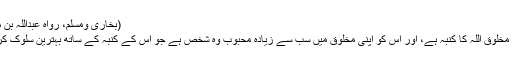
(بخاری ومسلم، رواہ عبداللہ بن مسعود)
۳- تمام مخلوق اللہ کا کنبہ ہے، اور اس کو اپنی مخلوق میں سب سے زیادہ محبوب وہ شخص ہے جو اس کے کنبہ کے ساتھ بہترین سلوک کرتا ہے۔